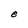
Character: e